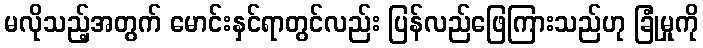
မလိုသည့်အတွက် မောင်းနှင်ရာတွင်လည်း ပြန်လည်ဖြေကြားသည်ဟု ခြုံမှုကို